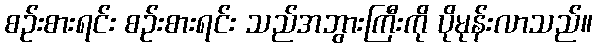
စဉ်းစားရင်း စဉ်းစားရင်း သည်အဘွားကြီးကို ပိုမုန်းလာသည်။